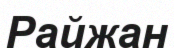
Райжан